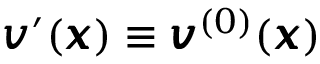
{ \pmb v } ^ { \prime } ( { \pmb x } ) \equiv { \pmb v } ^ { ( 0 ) } ( { \pmb x } )